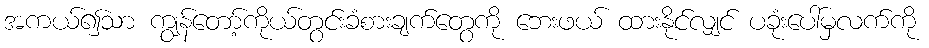
အကယ်၍သာ ကျွန်တော့်ကိုယ်တွင်းခံစားချက်တွေကို ဘေးဖယ် ထားနိုင်လျှင် ပခုံးပေါ်မှလက်ကို